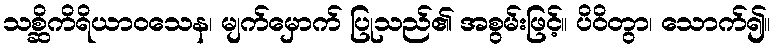
သစ္ဆိကိရိယာဝသေန၊ မျက်မှောက် ပြုသည်၏ အစွမ်းဖြင့်။ ပိဝိတွာ၊ သောက်၍။